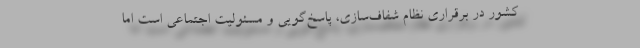
كشور در برقراری نظام شفاف‌سازی، پاسخ‌گویی و مسئولیت اجتماعی است اما